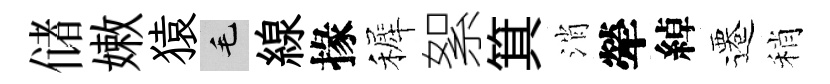
储嫩猿毛線掾裤絮箕消犖綽遷稍